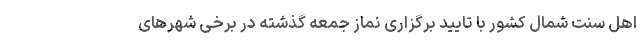
اهل سنت شمال کشور با تایید برگزاری نماز جمعه گذشته در برخی شهرهای